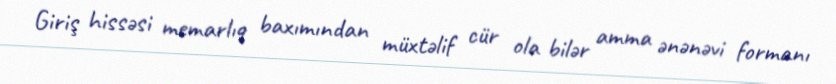
Giriş hissəsi memarlıq baxımından müxtəlif cür ola bilər amma ənənəvi formanı